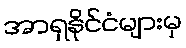
အာရှနိုင်ငံများမှ